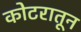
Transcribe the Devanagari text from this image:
कोटरातून